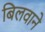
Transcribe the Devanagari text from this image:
बिलवाने